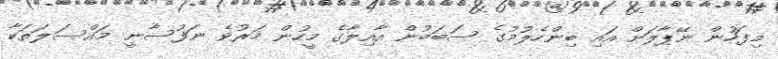
މިފަހުން ނޭޕާލަށް އައި ބިންހެލުމުގެ ސަބަބުން އާއިލާގެ މީހުން މަރުވެ ނަފުސާނީ މައްސަލަތަކާ